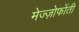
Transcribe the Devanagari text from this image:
मेज्ज़ोफोंती